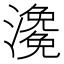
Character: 𤀧